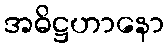
အဓိဋ္ဌဟာနော